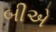
બીએ